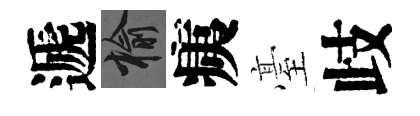
遞榆痍臺歧